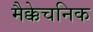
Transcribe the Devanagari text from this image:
मैक्केचनिक